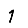
Digit: 1